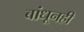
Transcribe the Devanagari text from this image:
बांधूनही